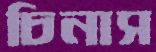
চিনাস